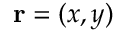
\mathbf { r } = ( x , y )